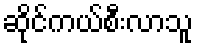
ဆိုင်ကယ်စီးလာသူ